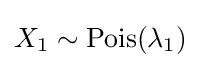
X_{1}\sim \mathrm {Pois} (\lambda _{1})